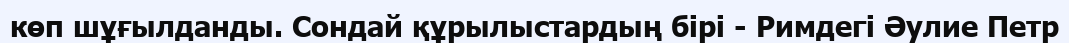
көп шұғылданды. Сондай құрылыстардың бірі - Римдегі Әулие Петр